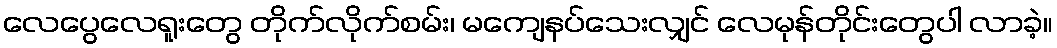
လေပွေလေရူးတွေ တိုက်လိုက်စမ်း၊ မကျေနပ်သေးလျှင် လေမုန်တိုင်းတွေပါ လာခဲ့။